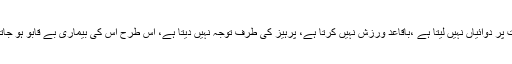
وہ وقت پر دوائیاں نہیں لیتا ہے ،باقاعد ورزش نہیں کرتا ہے، پرہیز کی طرف توجہ نہیں دیتا ہے، اس طرح اس کی بیماری بے قابو ہو جاتی ہے۔